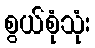
စွယ်စုံသုံး